Problem: 8 × 12 = ?
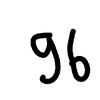
Handwritten answer: 96